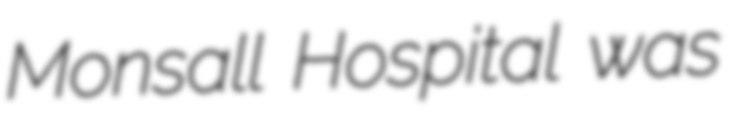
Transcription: Monsall Hospital was